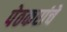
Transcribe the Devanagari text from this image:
पेठकरांचे